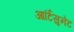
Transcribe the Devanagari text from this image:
आर्टिसुनेट